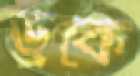
ড্রকে